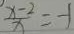
\frac { x - 2 } { x } = - 1